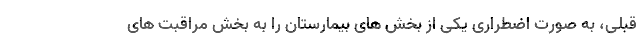
قبلی، به صورت اضطراری یکی از بخش های بیمارستان را به بخش مراقبت های